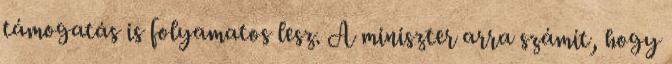
támogatás is folyamatos lesz. A miniszter arra számít, hogy